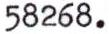
58268.